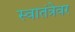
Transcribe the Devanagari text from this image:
स्वातंत्रेवर